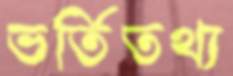
ভর্তিতথ্য